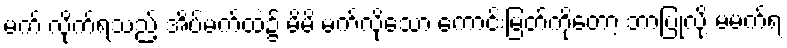
မက် လိုက်ရသည့် အိပ်မက်ထဲ၌ မိမိ မက်လိုသော ကောင်းမြတ်ကိုတော့ ဘာပြုလို့ မမက်ရ